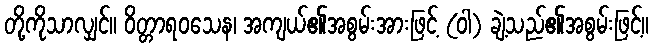
တို့ကိုသာလျှင်။ ဝိတ္တာရဝသေန၊ အကျယ်၏အစွမ်းအားဖြင့် (ဝါ) ချဲ့သည်၏အစွမ်းဖြင့်။